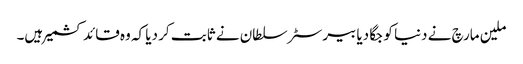
ملین مارچ نے دنیا کو جگا دیا بیرسٹر سلطان نے ثابت کر دیا کہ وہ قائد کشمیر ہیں۔